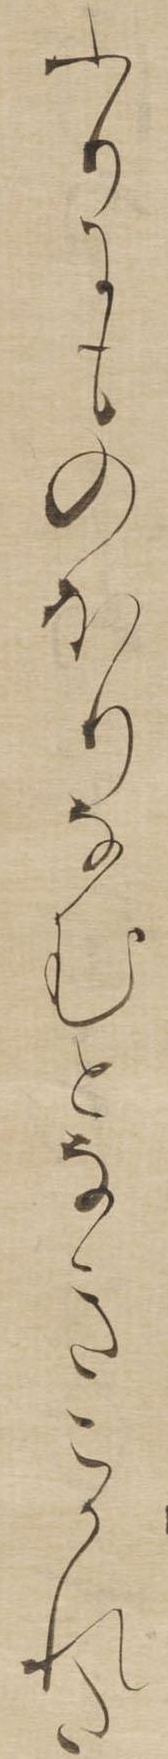
ふりにものほりなむとなきこかれた